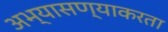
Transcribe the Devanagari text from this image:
अभ्यासण्याकरता